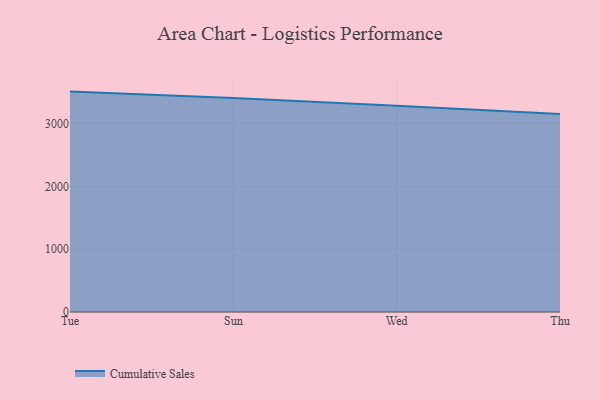
{"axis": {"x": "Day", "y": "Market Share (%)"}, "legend": ["Cumulative Sales"], "data": [{"x": "Tue", "y": 3511.0, "type": "Cumulative Sales"}, {"x": "Sun", "y": 3407.8, "type": "Cumulative Sales"}, {"x": "Wed", "y": 3284.0, "type": "Cumulative Sales"}, {"x": "Thu", "y": 3153.0, "type": "Cumulative Sales"}]}